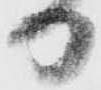
日